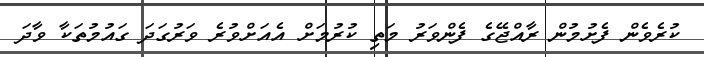
ކުރެވެން ފެށުމުން ރާއްޖޭގެ ފެންވަރު މަތި ކުރުމަށް އެއަށްވުރެ ވަރުގަދަ ގައުމުތަކާ ވާދަ